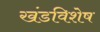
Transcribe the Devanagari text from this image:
खंडविशेष